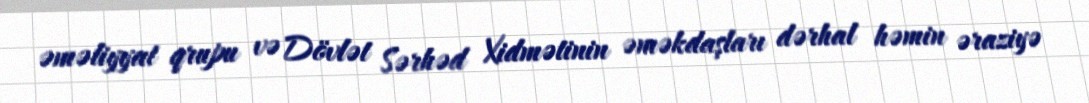
əməliyyat qrupu və Dövlət Sərhəd Xidmətinin əməkdaşları dərhal həmin əraziyə